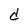
Character: d